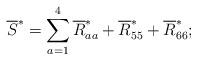
LaTeX: \begin{align*} \overline{S}^*=\sum_{a=1}^4\overline{R}^*_{aa}+\overline{R}^*_{55}+\overline{R}^*_{66};\end{align*}